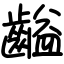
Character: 齸